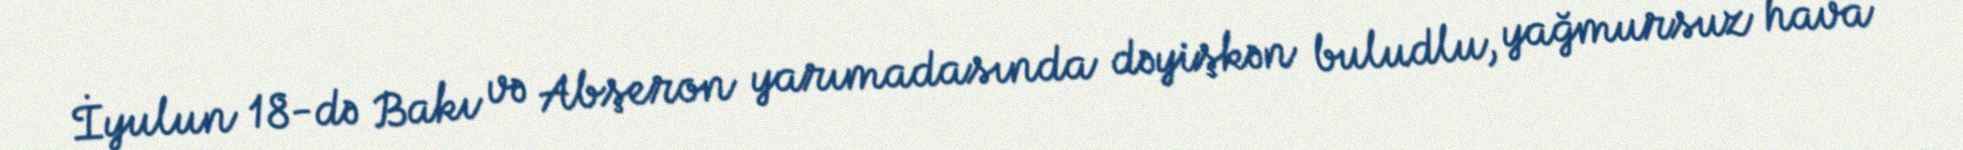
İyulun 18-də Bakı və Abşeron yarımadasında dəyişkən buludlu, yağmursuz hava